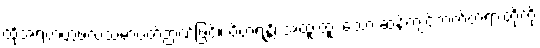
ထိုအရဟတ္တဖလသမာပတ်ဉာဏ်ဖြင့်။ ဝိဟရန္တိ၊ အထူးထူး သော ဆန့်ကျင်ဘက်တရားတို့ကို